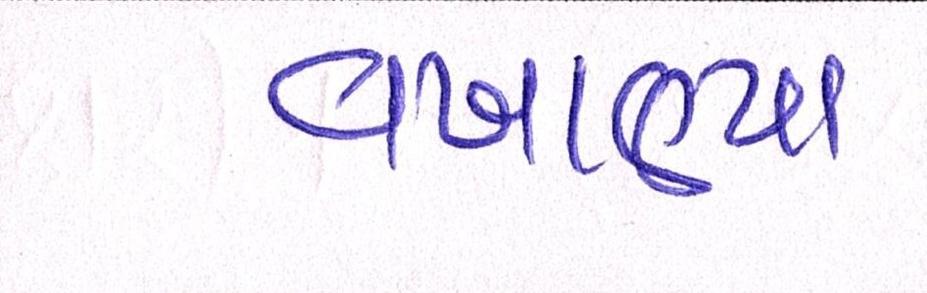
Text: વખાણ્યા